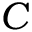
C